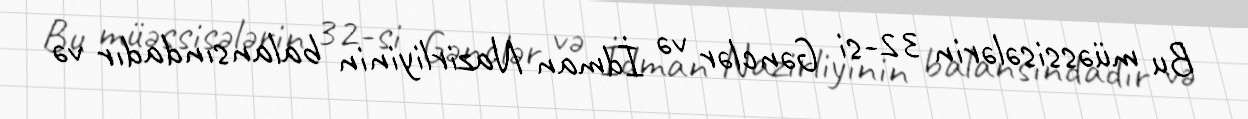
Bu müəssisələrin 32-si Gənclər və İdman Nazirliyinin balansındadır və